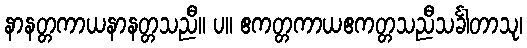
နာနတ္တကာယနာနတ္တသညီ။ ပ။ ဧကတ္တကာယဧကတ္တသညီသင်္ခါတာသု၊